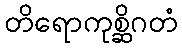
တိရောကုစ္ဆိဂတံ